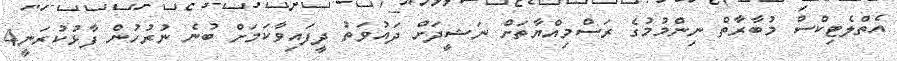
އެތްލެޓިކްސް މުބާރާތް ނިންމުމުގެ ރަސްމިއްޔާތަށް ނަޝީދަށް ދައުވަތު ދީފައިވާކަމަށް ބުނެ ނުރުހުން ފާޅުކުރަނީ4